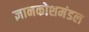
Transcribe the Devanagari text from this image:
ज्ञानकोशमंडल